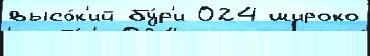
высо́к'ий бу́р'и 024 широко